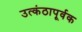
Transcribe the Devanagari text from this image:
उत्कंठापूर्वक